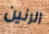
الرنين